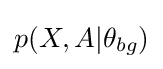
p(X,A|\theta _{bg})